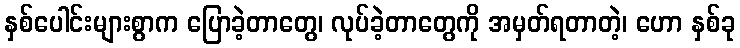
နှစ်ပေါင်းများစွာက ပြောခဲ့တာတွေ၊ လုပ်ခဲ့တာတွေကို အမှတ်ရတာတဲ့၊ ဟော နှစ်ခု